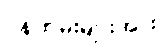
ဝန်ထမ်းများအား